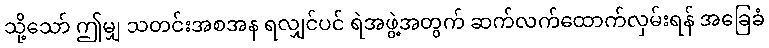
သို့သော် ဤမျှ သတင်းအစအန ရလျှင်ပင် ရဲအဖွဲ့အတွက် ဆက်လက်ထောက်လှမ်းရန် အခြေခံ